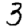
Digit: 3